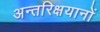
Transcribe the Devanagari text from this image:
अन्तरिक्षयानों